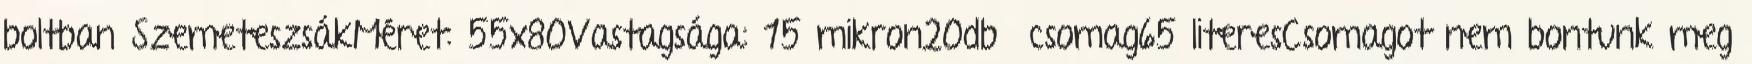
boltban SzemeteszsákMéret: 55x80Vastagsága: 15 mikron20db csomag65 literesCsomagot nem bontunk meg